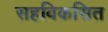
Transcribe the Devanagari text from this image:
सहविकसित